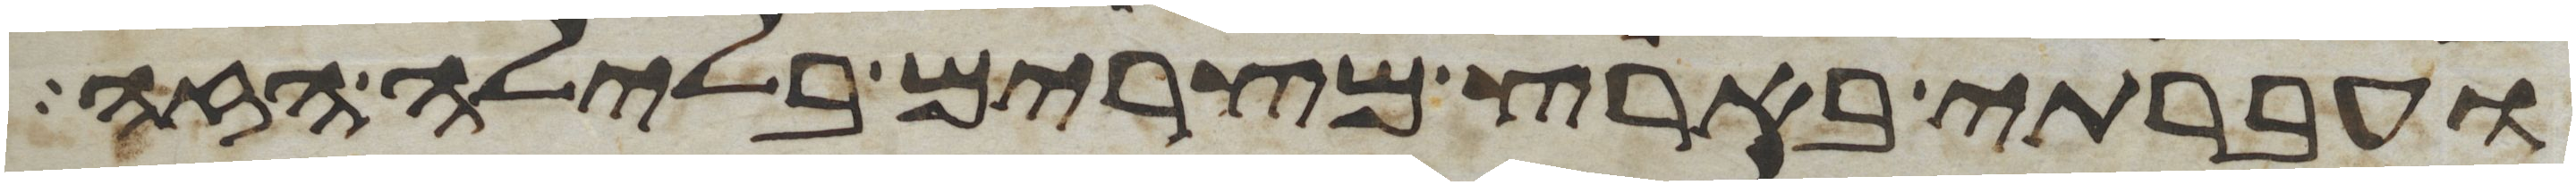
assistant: ועברתי בארץ מצרים בלילה הזה